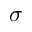
\sigma